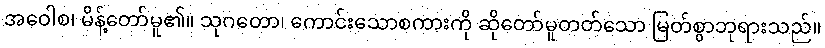
အဝေါစ၊ မိန့်တော်မူ၏။ သုဂတော၊ ကောင်းသောစကားကို ဆိုတော်မူတတ်သော မြတ်စွာဘုရားသည်။